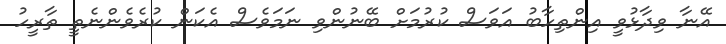
އޭނާ ވިދާޅުވީ އިންތިހާބު އަވަސް ކުރުމަށް ބޭނުންވި ނަމަވެސް އެކަން ކުރެވެންނެތީ ތާރީހު